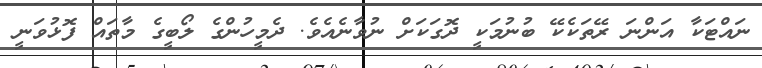
ނައްޓަކާ އަންނަ ރޭތަކެކޭ ބުނުމަކީ ދޮގަކަށް ނުވާނެއެވެ. ދެމީހުންގެ ލޯބީގެ މާތައް ފޮޅުވަނީ